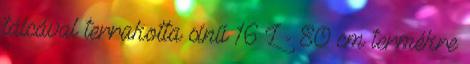
tálcával terrakotta sínű 16 L - 80 cm termékre